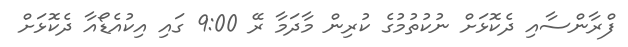
ފްރާންސާއި ދެކޮޅަށް ނުކުތުމުގެ ކުރިން މާދަމާ ރޭ 9:00 ގައި އިކުއެޑޯއާ ދެކޮޅަށް